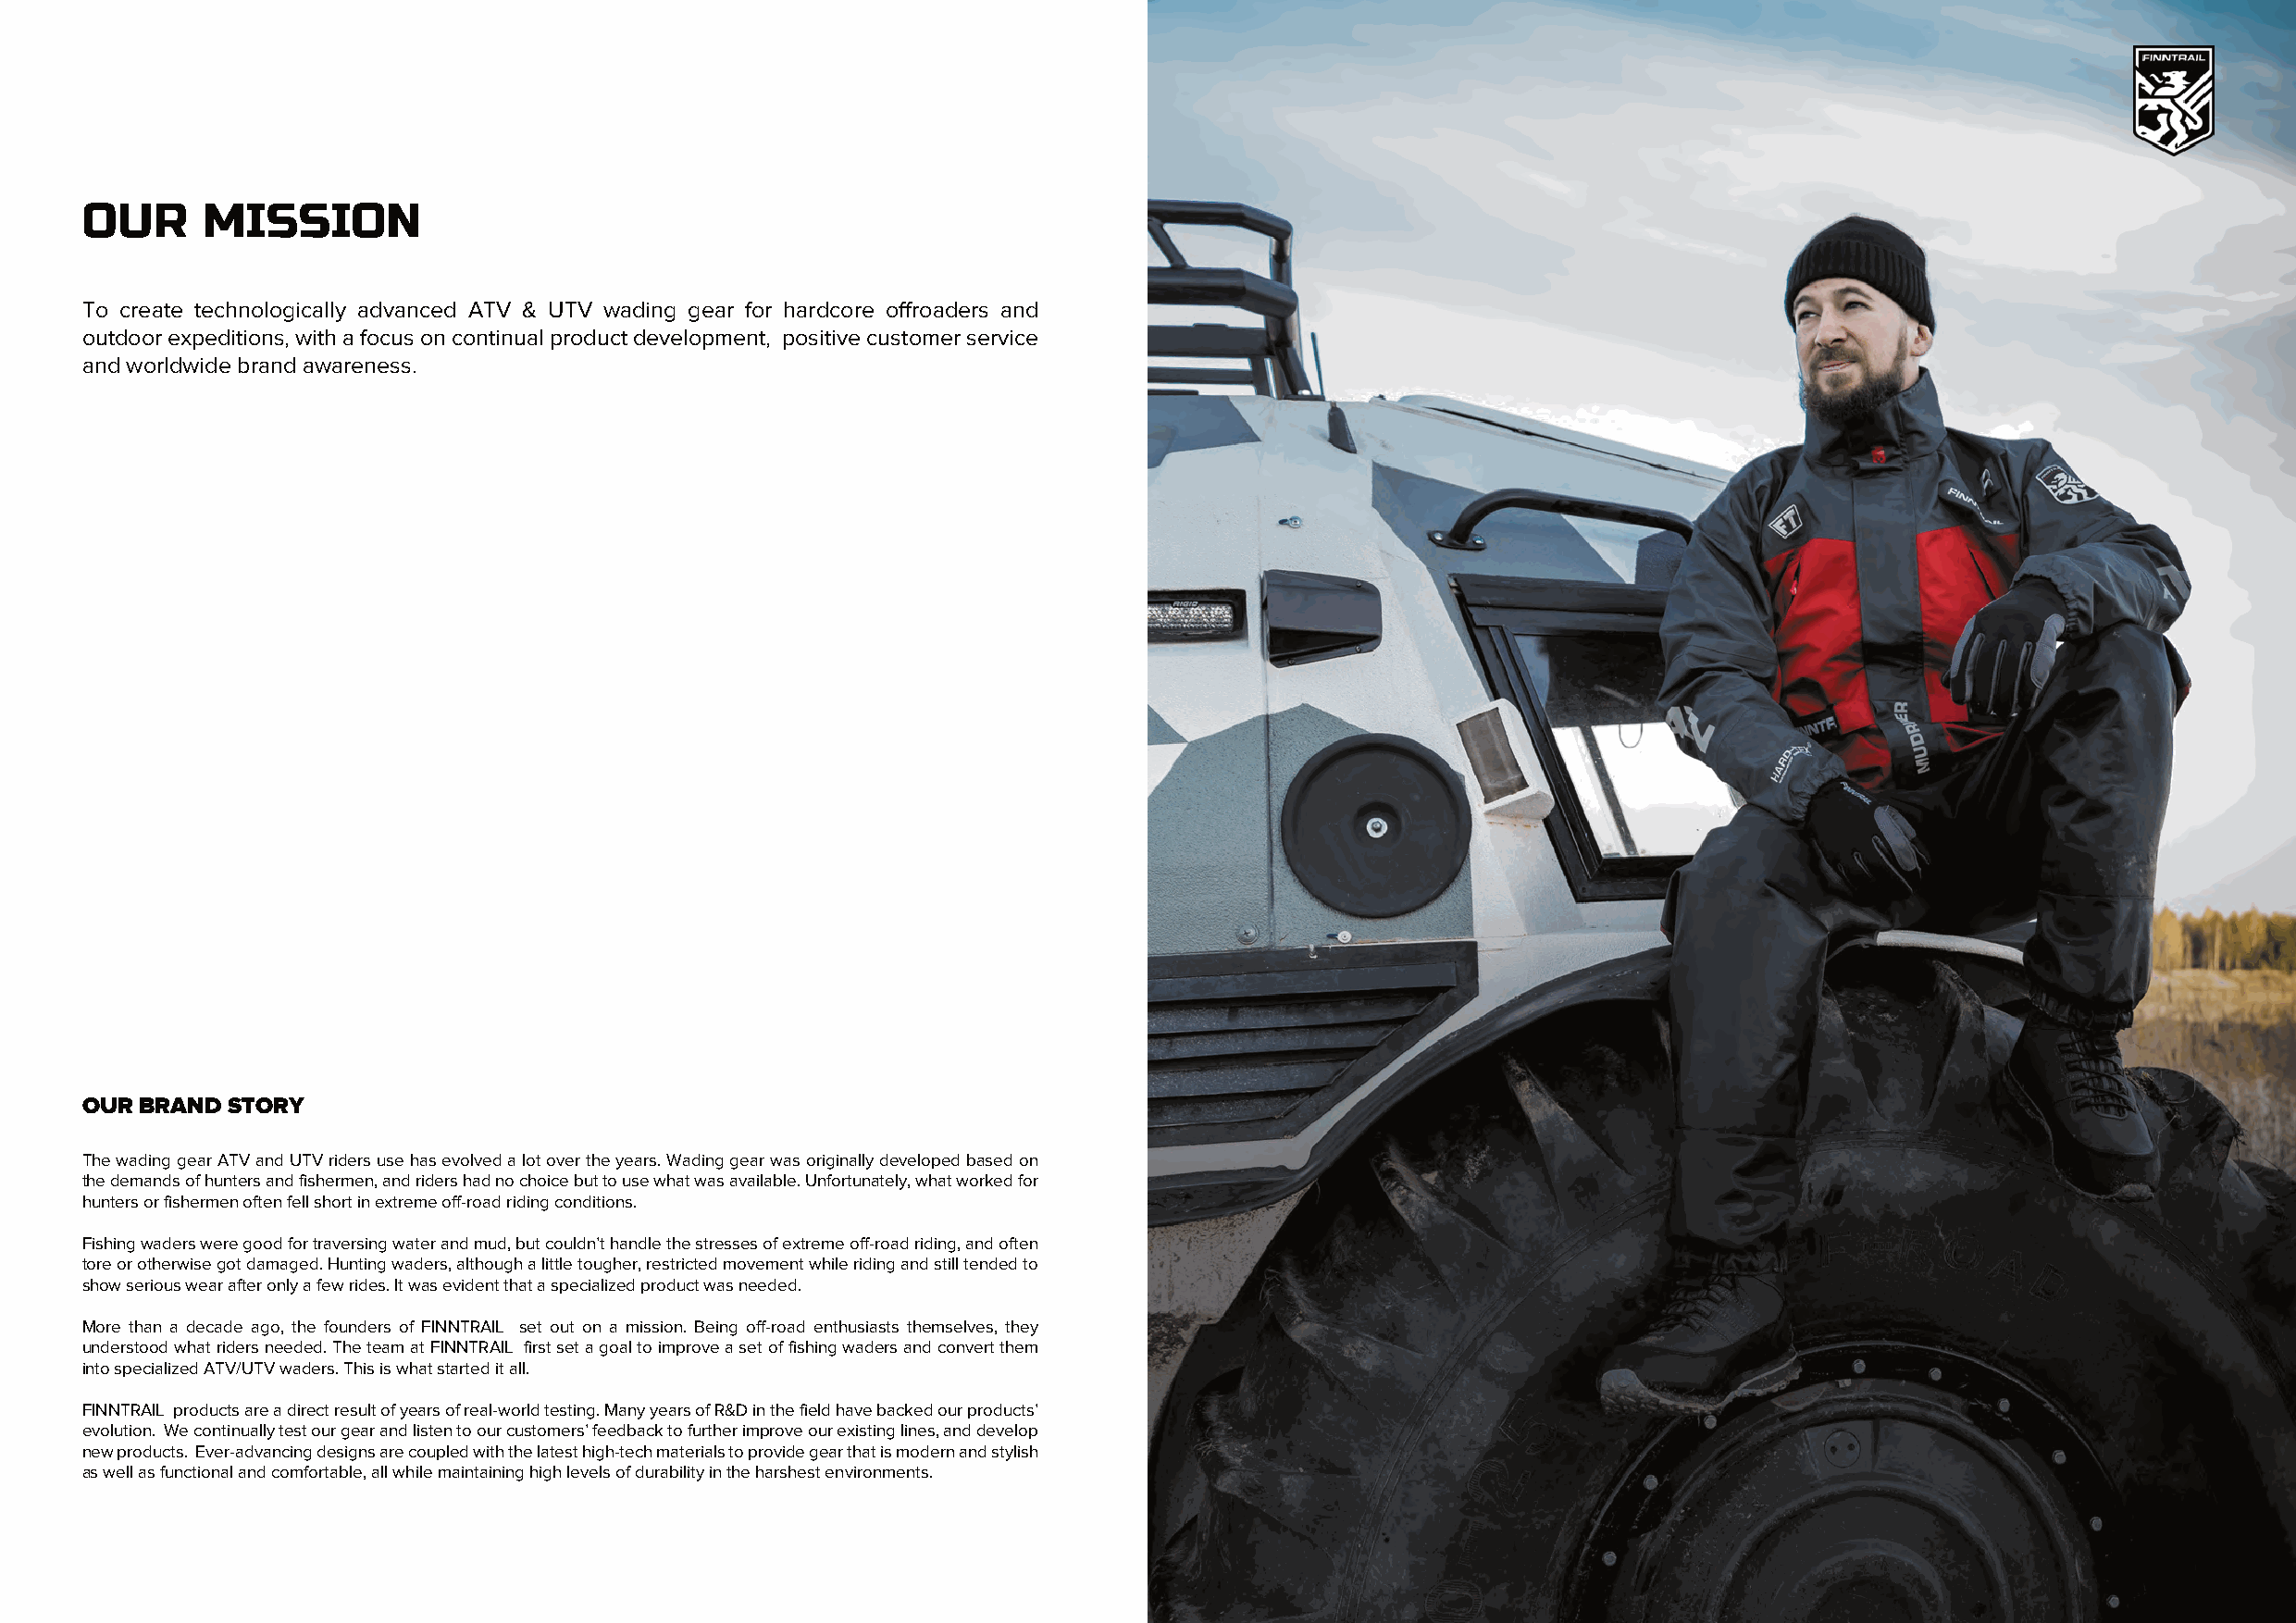
OUR     MISSION
 To create technologically advanced ATV & UTV wading gear for hardcore offroaders and
 outdoor expeditions, with a focus on continual product development, positive сustomer service
 and worldwide brand awareness.
 OUR BRAND STORY
 The wading gear ATV and UTV riders use has evolved a lot over the years. Wading gear was originally developed based on
 the demands of hunters and fishermen, and riders had no choice but to use what was available. Unfortunately, what worked for
 hunters or fishermen often fell short in extreme off-road riding conditions.
 Fishing waders were good for traversing water and mud, but couldn’t handle the stresses of extreme off-road riding, and often
 tore or otherwise got damaged. Hunting waders, although a little tougher, restricted movement while riding and still tended to
 show serious wear after only a few rides. It was evident that a specialized product was needed.
 More than a decade ago, the founders of FINNTRAIL set out on a mission. Being off-road enthusiasts themselves, they
 understood what riders needed. The team at FINNTRAIL first set a goal to improve a set of fishing waders and convert them
 into specialized ATV/UTV waders. This is what started it all.
 FINNTRAIL products are a direct result of years of real-world testing. Many years of R&D in the field have backed our products’
 evolution. We continually test our gear and listen to our customers’ feedback to further improve our existing lines, and develop
 new products. Ever-advancing designs are coupled with the latest high-tech materials to provide gear that is modern and stylish
 as well as functional and comfortable, all while maintaining high levels of durability in the harshest environments.